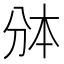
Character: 𰄱